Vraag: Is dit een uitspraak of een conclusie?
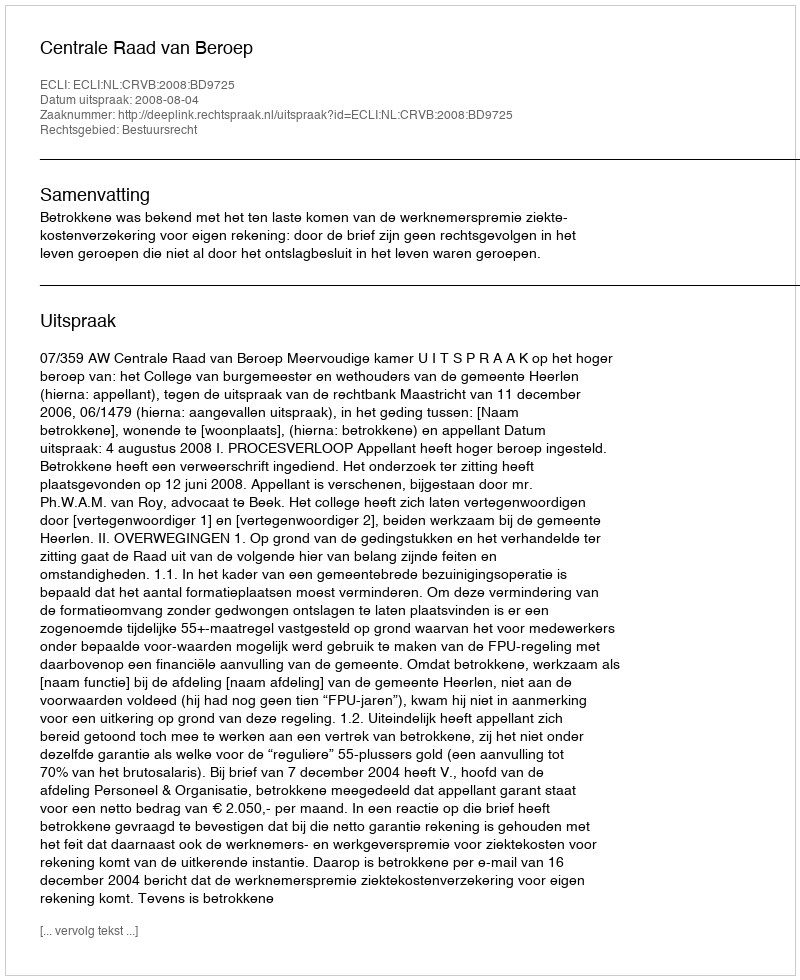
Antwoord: Uitspraak